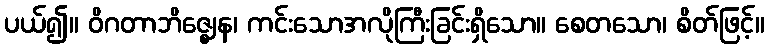
ပယ်၍။ ဝိဂတာဘိဇ္ဈေန၊ ကင်းသောအလိုကြီးခြင်းရှိသော။ စေတသော၊ စိတ်ဖြင့်။